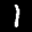
Label: 1